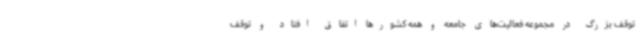
توقف بزرگ در مجموعه فعالیت‌های جامعه و همه کشورها اتفاق افتاد و توقف